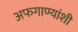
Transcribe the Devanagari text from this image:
अफगाण्यांशी